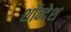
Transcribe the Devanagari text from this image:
शॉन्देश